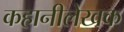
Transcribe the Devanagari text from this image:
कहानीलेखक